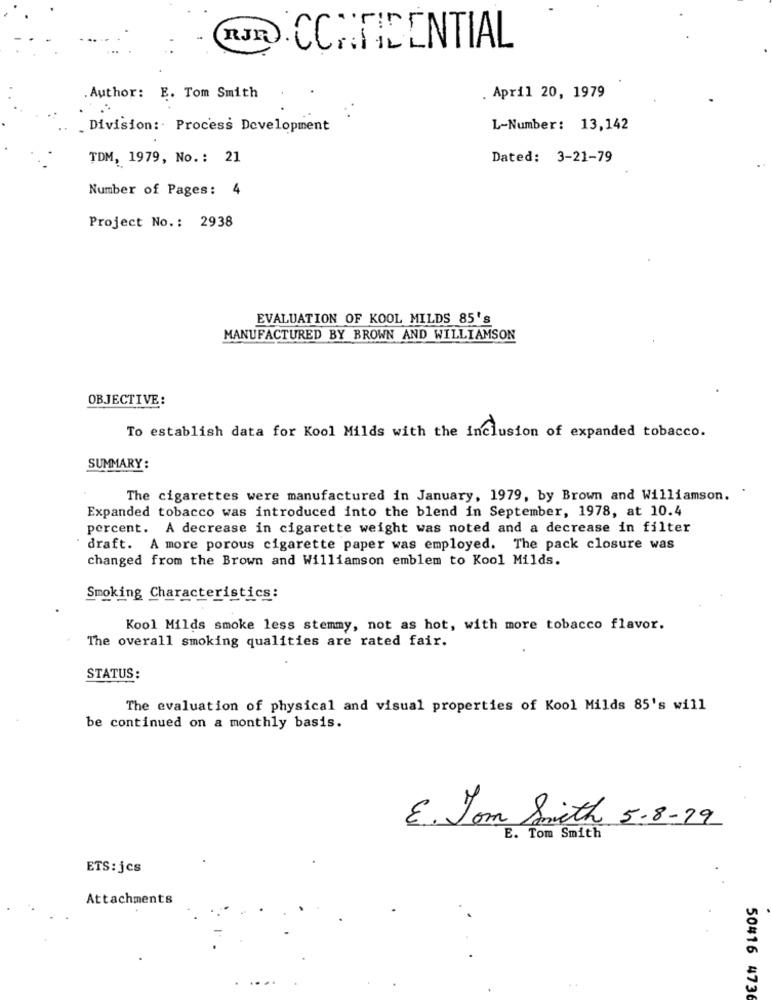
RJR
CONFIDENTIAL
Author: E. Tom Smith
. April 20, 1979
. Division: Process Development
L-Number: 13,142
TDM, 1979, No .: 21
Dated: 3-21-79
Number of Pages: 4
Project No .: 2938
EVALUATION OF KOOL MILDS 85's
MANUFACTURED BY BROWN AND WILLIAMSON
OBJECTIVE:
To establish data for Kool Milds with the inclusion of expanded tobacco.
SUMMARY:
The cigarettes were manufactured in January, 1979, by Brown and Williamson.
Expanded tobacco was introduced into the blend in September, 1978, at 10.4
percent. A decrease in cigarette weight was noted and a decrease in filter
draft. A more porous cigarette paper was employed. The pack closure was
changed from the Brown and Williamson emblem to Kool Milds.
Smoking Characteristics:
Kool Milds smoke less stemmy, not as hot, with more tobacco flavor.
The overall smoking qualities are rated fair.
STATUS:
The evaluation of physical and visual properties of Kool Milds 85's will
be continued on a monthly basis.
E. Tom Smith 5-8-79
E. Tom Smith
ETS: jcs
Attachments
50416 4736